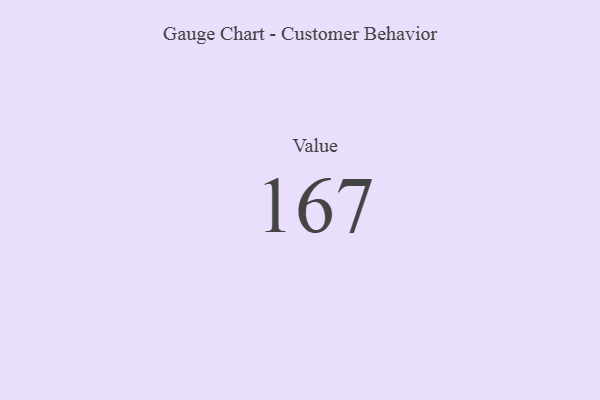
{"axis": {"x": "Metric", "y": "Value"}, "legend": [""], "data": [{"x": "Value", "y": 167, "type": ""}]}